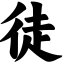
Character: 徒